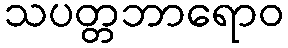
သပတ္တဘာရောဝ